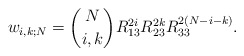
\begin{align*}w_{i,k;N}=\binom{N}{i,k}R_{13}^{2i}R_{23}^{2k}R_{33}^{2(N-i-k)}.\end{align*}